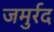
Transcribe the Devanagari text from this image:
जमुर्रद